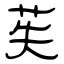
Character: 苵